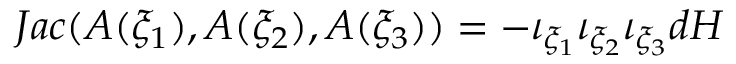
J a c ( A ( \xi _ { 1 } ) , A ( \xi _ { 2 } ) , A ( \xi _ { 3 } ) ) = - \iota _ { \xi _ { 1 } } \iota _ { \xi _ { 2 } } \iota _ { \xi _ { 3 } } d H